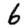
Digit: 6